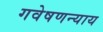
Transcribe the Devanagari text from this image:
गवेषणन्याय